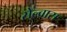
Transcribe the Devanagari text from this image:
सेल्वास